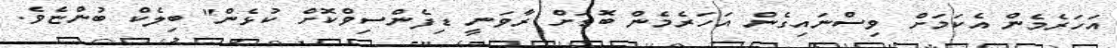
އަހަރެމެން އެކަމަށް ވިސްނައިގެން އަހަރެމެން ބޮޑަށް ރާވަނީ ޑިފެންސިވްކޮށް ކުޅެން" ބިލެކް ބުންޏެވެ.